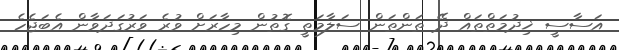
އަސާސީ ޚިދުމަތްްތައް ދޭ ތަންތަން ސަލާމަތީ ގޮތުން މިހާރަށް ވުރެ ވަރުގަދަވާން އެބަޖެހެ